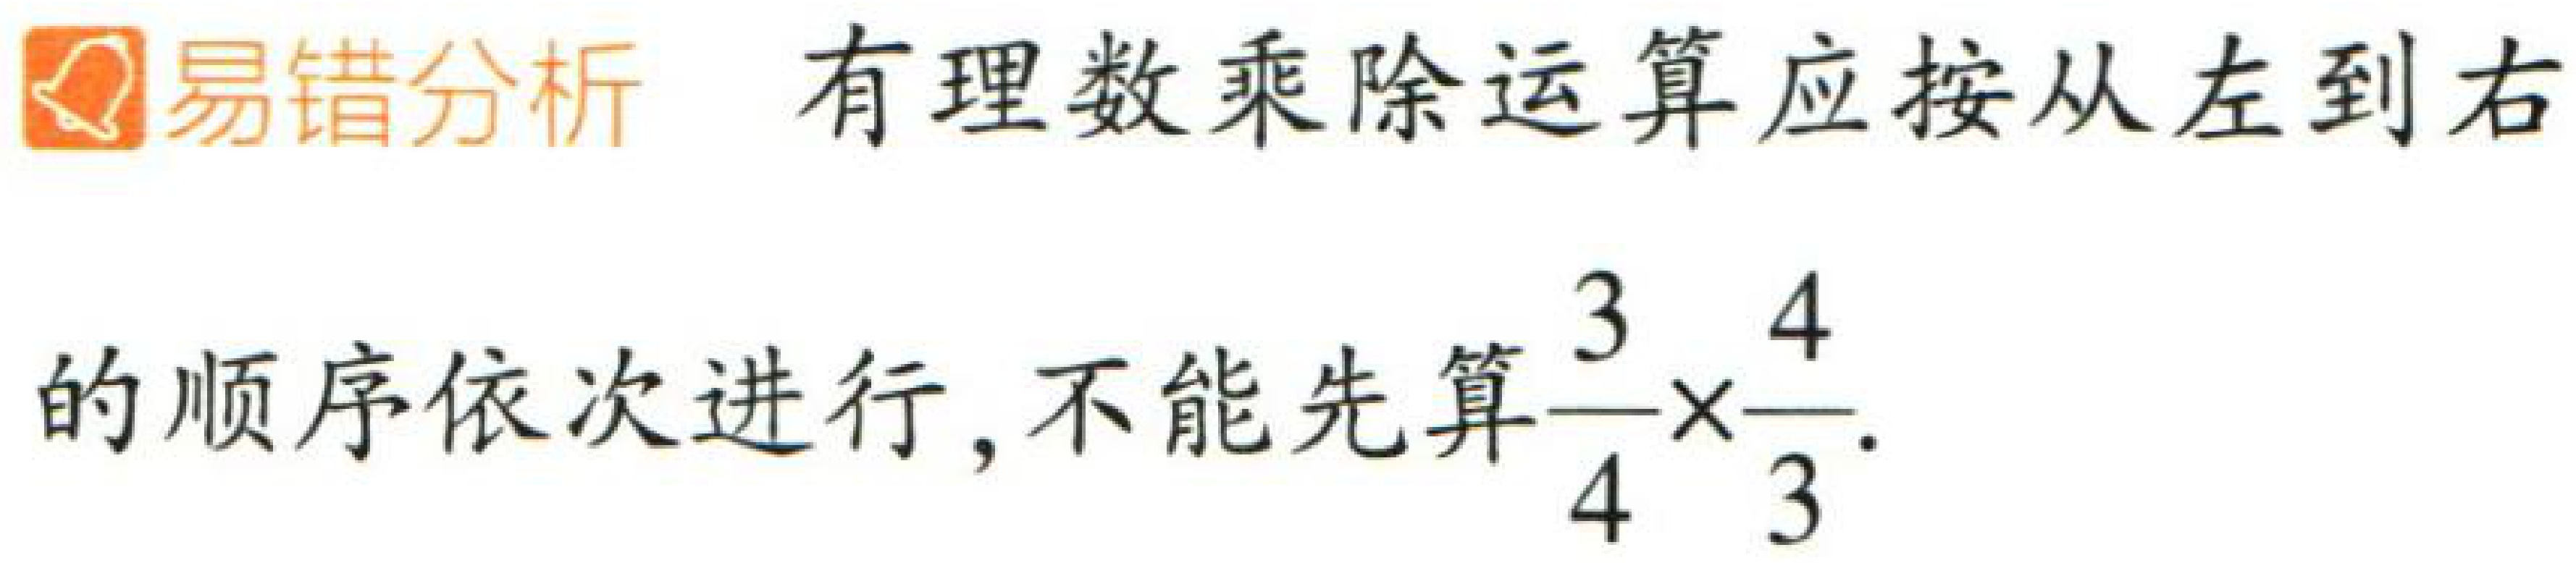
易错分析 有理数乘除运算应按从左到右的顺序依次进行，不能先算$\dfrac{3}{4}\times\dfrac{4}{3}.$